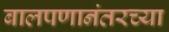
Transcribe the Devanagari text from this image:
बालपणानंतरच्या